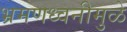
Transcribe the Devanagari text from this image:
भ्रमणध्वनीमुळे